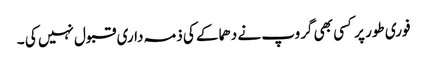
فوری طور پر کسی بھی گروپ نے دھماکے کی ذمہ داری قبول نہیں کی ۔